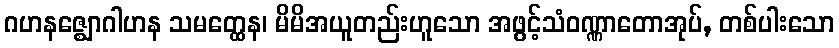
ဂဟနဇ္ဈောဂါဟန သမတ္ထေန၊ မိမိအယူတည်းဟူသော အဖွင့်သံဝဏ္ဏာတောအုပ်, တစ်ပါးသော